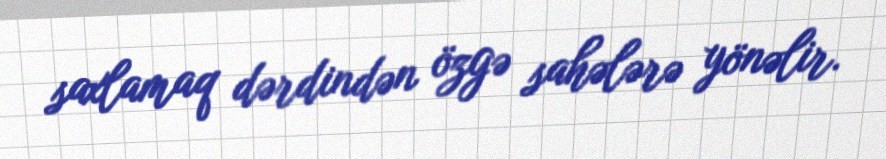
saxlamaq dərdindən özgə sahələrə yönəlir.